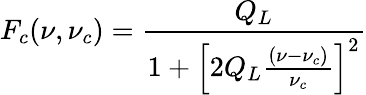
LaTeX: F_{c}(\nu,\nu_{c})=\frac{Q_{L}}{1+\left[2Q_{L}\frac{(\nu-\nu_{c})}{\nu_{c}}\right]^{2}}